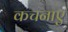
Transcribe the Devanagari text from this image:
कचनाए